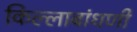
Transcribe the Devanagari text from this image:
किल्लाबांधणी